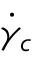
\dot { \gamma } _ { c }